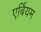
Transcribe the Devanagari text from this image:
एर्बियम